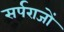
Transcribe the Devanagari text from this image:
सर्पराजों